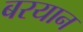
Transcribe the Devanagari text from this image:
बरयान